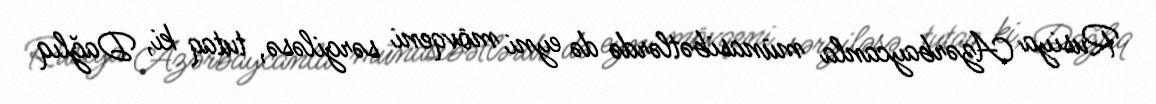
Rusiya Azərbaycanla münasibətlərdə də eyni mövqeni sərgiləsə, tutaq ki, Dağlıq